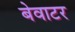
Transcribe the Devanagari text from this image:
बेवाटर